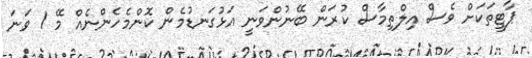
ޕާޓީތަކަށް ވެސް އިލްތިމާސް ކުރަން ބޭނުންވަނީ އަޅުގަނޑުމެން ކޮންމެހެންނެއް މޭ 1 ވަނަ